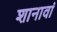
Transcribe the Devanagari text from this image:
शानावां